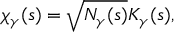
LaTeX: \chi _ { \gamma } ( s ) = \sqrt { N _ { \gamma } ( s ) } { \cal K } _ { \gamma } ( s ) ,